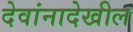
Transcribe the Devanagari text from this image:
देवांनादेखील